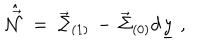
\hat { \vec { \cal N } } \; = \; \vec { \Sigma } _ { ( 1 ) } \, - \, \vec { \Sigma } _ { ( 0 ) } d \underline { { { y } } } \; ,